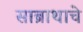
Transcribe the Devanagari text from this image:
साब्राथाचे